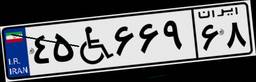
۴۵W۶۶۹۶۸